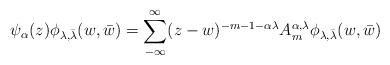
LaTeX: \begin{align*}\psi _{\alpha}(z)\phi _{\lambda, \bar{\lambda}}(w,\bar{w})=\sum _{-\infty} ^{\infty}(z-w)^{-m-1-\alpha\lambda}A_m ^{\alpha,\lambda}\phi _{\lambda, \bar{\lambda}}(w,\bar{w})\end{align*}